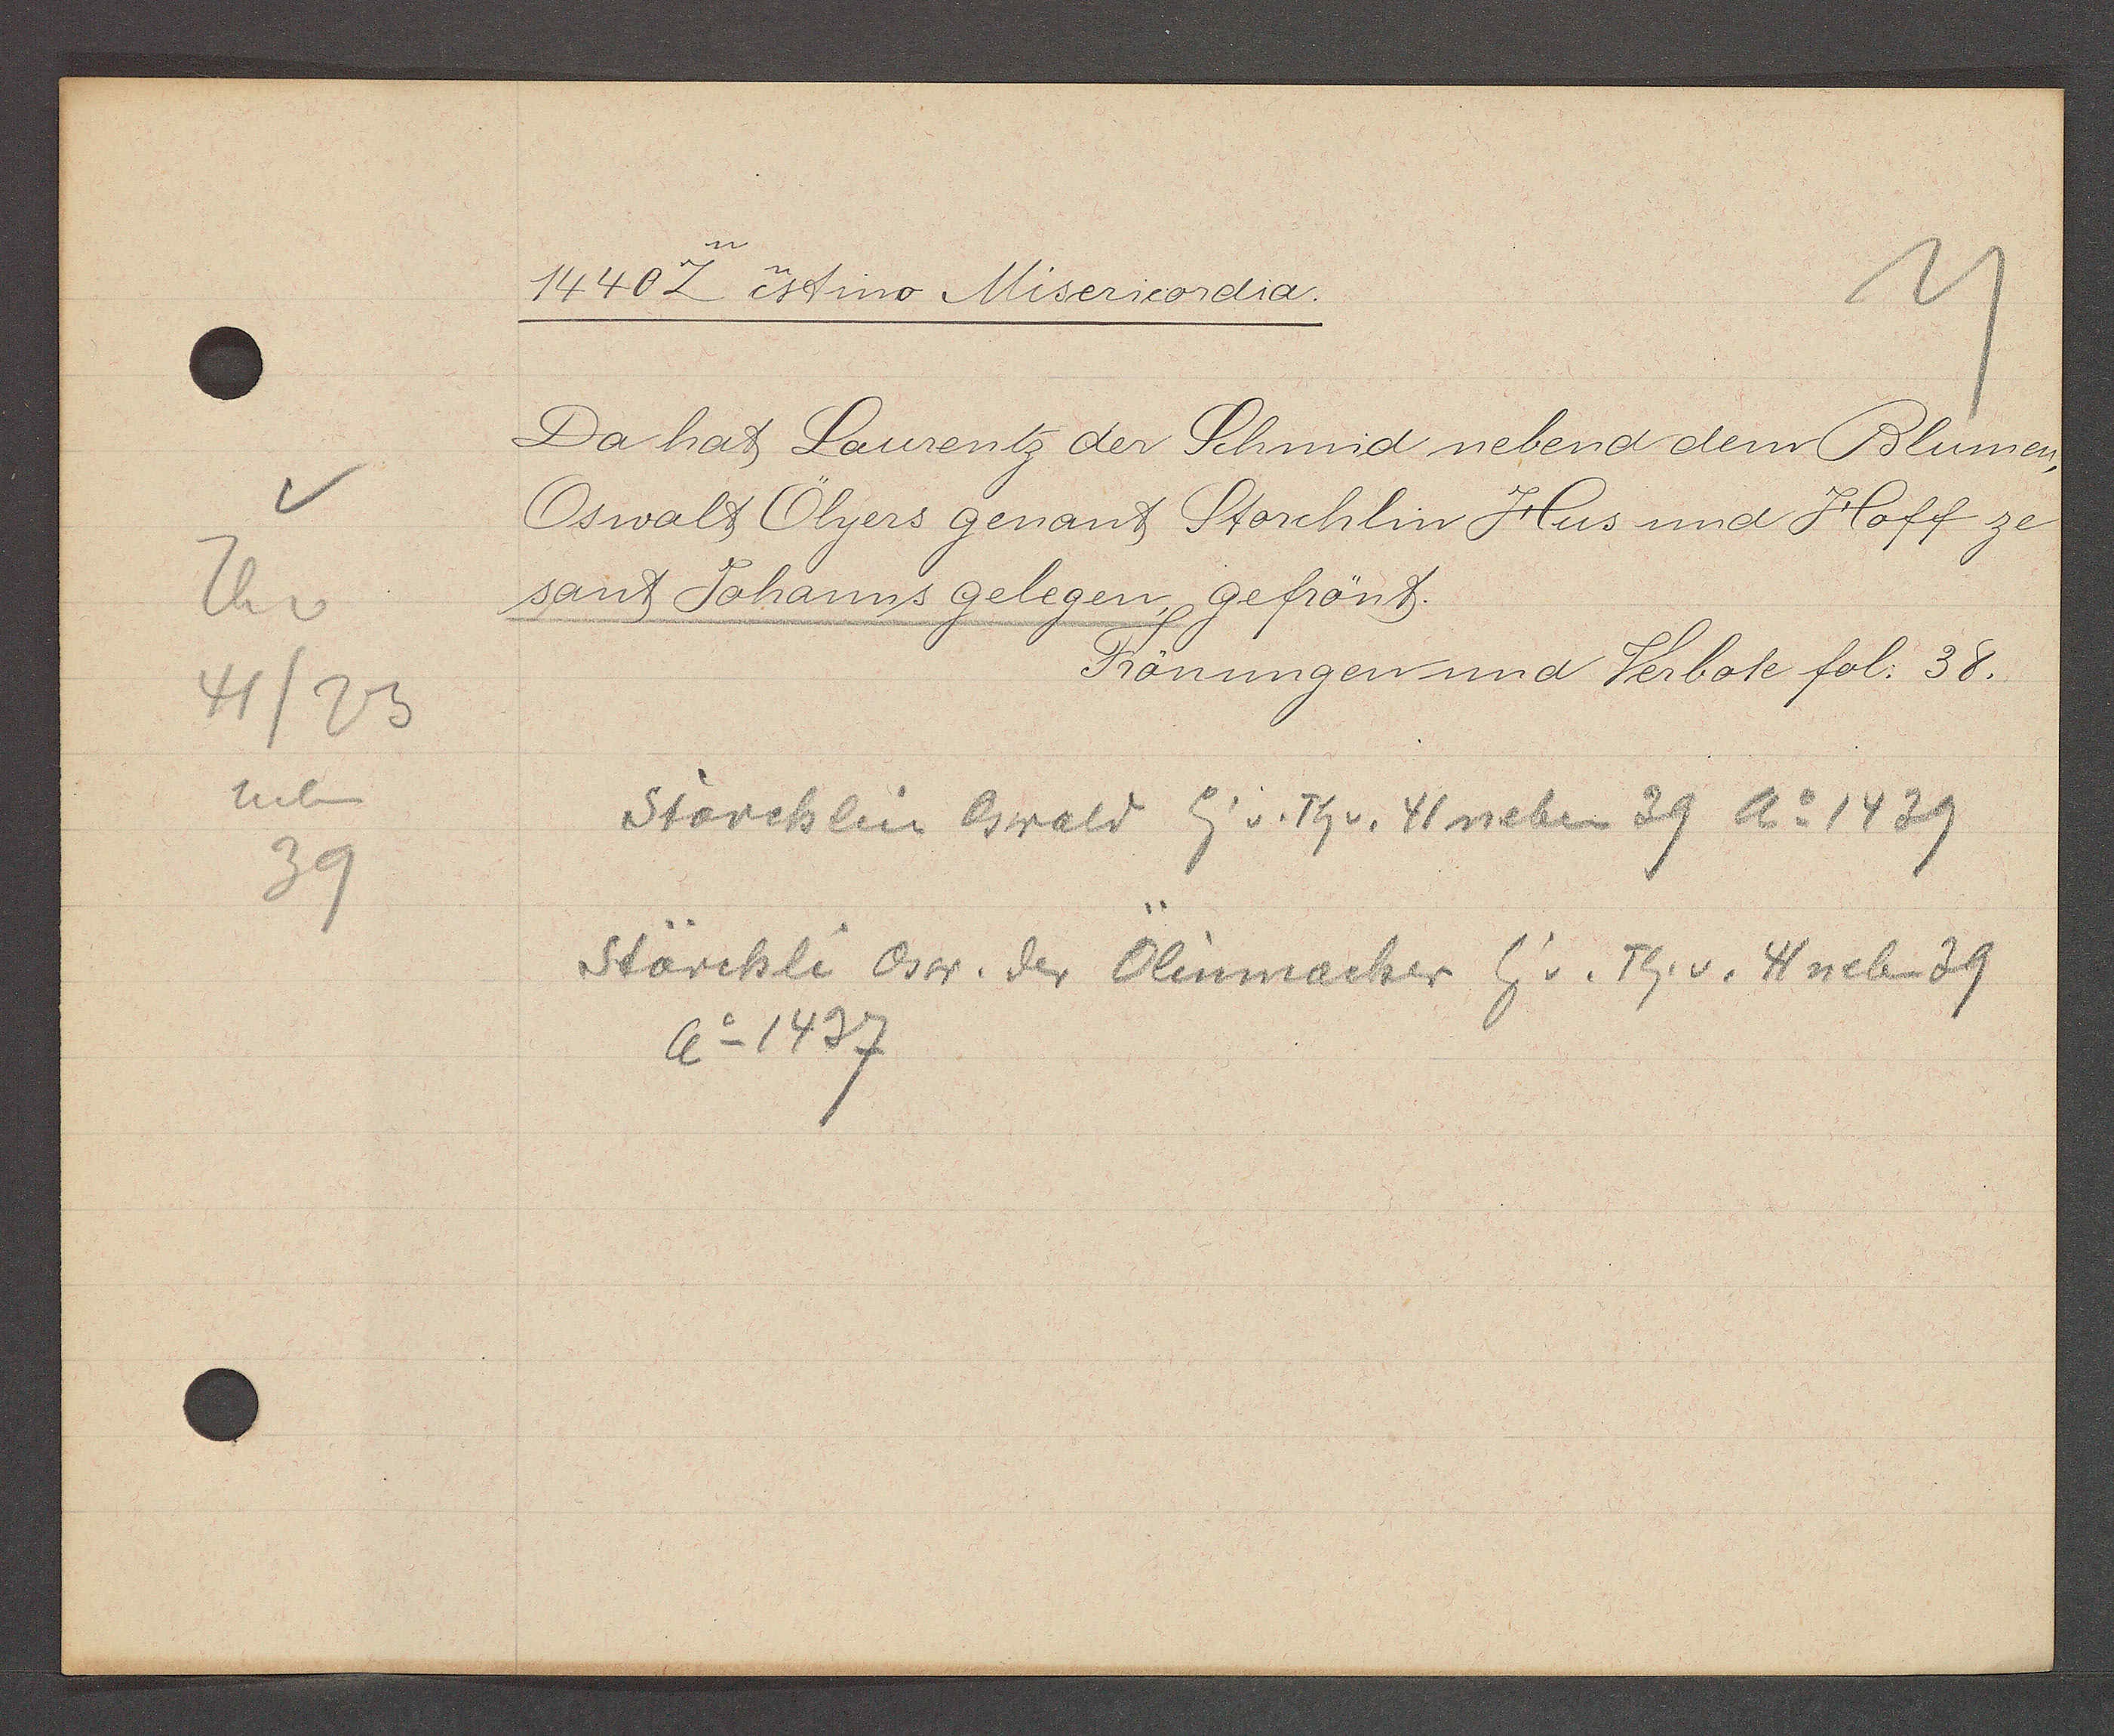
Transcript:
Th v
41/23
neben
39

1440 Z estino Miserieordia.

Da hat Laurentz der Schmid nebend dem Blumen,
Oswalt Olyers genant Storchlin Hus und Hoff ze
sant Johanns gelegen, gefrönt.
Frönungen und Verbote fol. 38.

Störchlin Oswald Eig v. Th v. 41 neben 39 Ao 1439
Störchli Osw. der Ölinmacher Eig v. Th. v. 41 neben 39
Ao 1437